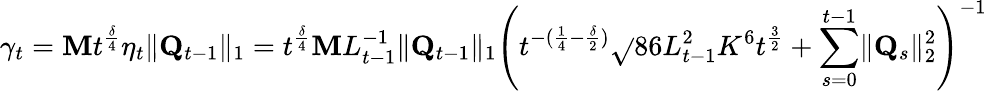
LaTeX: \gamma_{t}=\mathbf{M}t^{\frac{\delta}{4}}\eta_{t}\lVert\mathbf{Q}_{t-1}\rVert_{1}=t^{\frac{\delta}{4}}\mathbf{M}L_{t-1}^{-1}\lVert\mathbf{Q}_{t-1}\rVert_{1}\left(t^{-(\frac{1}{4}-\frac{\delta}{2})}\sqrt{}{{86L_{t-1}^{2}K^{6}t^{\frac{3}{2}}+\sum_{s=0}^{t-1}\lVert\mathbf{Q}_{s}\rVert_{2}^{2}}}\right)^{-1}